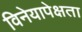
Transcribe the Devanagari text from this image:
विनेयापेक्षता